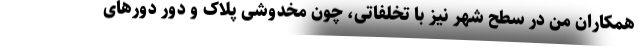
همکاران من در سطح شهر نیز با تخلفاتی، چون مخدوشی پلاک و دور دور‌های